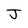
Character: J